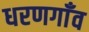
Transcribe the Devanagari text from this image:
धरणगाँव